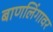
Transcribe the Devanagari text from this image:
बाणलिंगावर